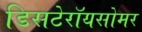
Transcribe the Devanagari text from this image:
डिसटेरॉयसोमर